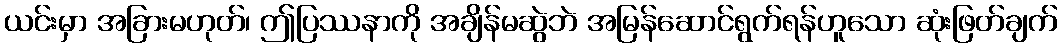
ယင်းမှာ အခြားမဟုတ်၊ ဤပြဿနာကို အချိန်မဆွဲဘဲ အမြန်ဆောင်ရွက်ရန်ဟူသော ဆုံးဖြတ်ချက်